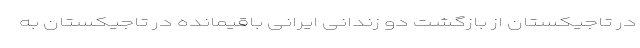
در تاجیکستان از بازگشت دو زندانی ایرانی باقیمانده در تاجیکستان به